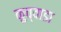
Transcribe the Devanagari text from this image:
कुच्वाडा